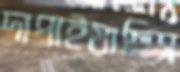
দাপাইয়াছিস